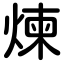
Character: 煉